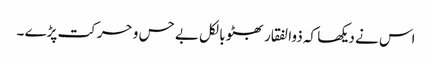
اس نے دیکھا کہ ذوالفقار بھٹو بالکل بے حس و حرکت پڑے ۔